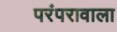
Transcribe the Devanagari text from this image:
परंपरावाला